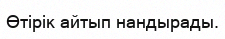
Өтірік айтып нандырады.